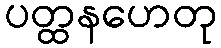
ပတ္ထနဟေတု